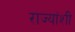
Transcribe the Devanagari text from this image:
राज्‍यांशी